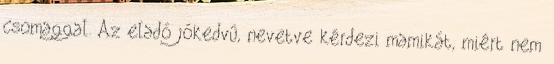
csomaggal. Az eladó jókedvû, nevetve kérdezi mamikát, miért nem